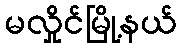
မလှိုင်မြို့နယ်